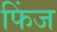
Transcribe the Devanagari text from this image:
फिंज